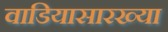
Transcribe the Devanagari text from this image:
वाडियासारख्या